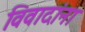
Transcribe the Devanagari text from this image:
विवादांना